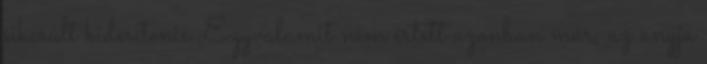
sikerült kiderítenie. Egyvalamit nem értett azonban már, az anyja